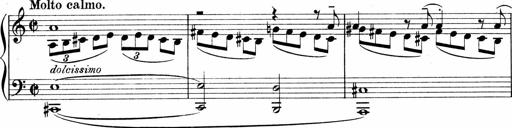
Title: Sonatina No.1
Composer: Otto Stoll
Key: C major